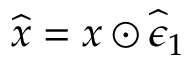
\widehat { \boldsymbol { x } } = \boldsymbol { x } \odot \widehat { \boldsymbol { \epsilon } } _ { 1 }